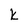
Character: k